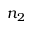
n _ { 2 }